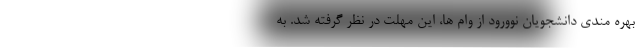
ِبهره مندی دانشجویان نوورود از وام ها، این مهلت در نظر گرفته شد. به